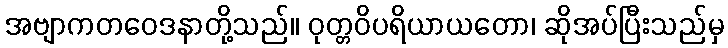
အဗျာကတဝေဒနာတို့သည်။ ဝုတ္တဝိပရိယာယတော၊ ဆိုအပ်ပြီးသည်မှ